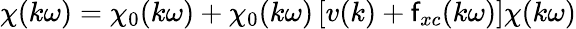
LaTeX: \chi(k\omega)=\chi_{0}(k\omega)+\chi_{0}(k\omega)\left[v(k)+\mathsf{f}_{xc}(k\omega)\right]\chi(k\omega)